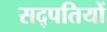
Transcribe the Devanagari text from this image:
सद्पतियों